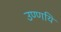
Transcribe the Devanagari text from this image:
उण्णयि